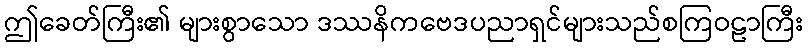
ဤခေတ်ကြီး၏ များစွာသော ဒဿနိကဗေဒပညာရှင်များသည်စကြဝဠာကြီး